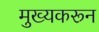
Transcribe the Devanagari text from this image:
मुख्यकरून